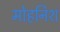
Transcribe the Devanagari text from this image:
मोहनिश